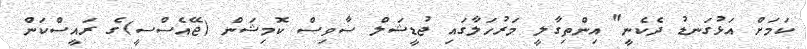
ކަމަށް އަޅުގަނޑު ދެކެނީ" އިންތިގާލީ މަރުހަލާގައި ޖުޑީޝަލް ސާވިސް ކޮމިޝަން (ޖޭއެސްސީ)ގެ ރައީސްކަން